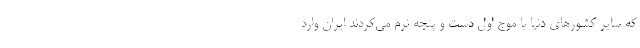
که سایر کشورهای دنیا با موج اول دست و پنجه نرم می‌کردند ایران وارد